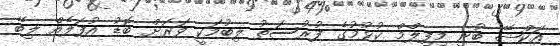
އަކްޝޭ ބުނީ މިފިލްމް ކުޅުމުގެ ފުރުސަތު ލިބުމަކީ ވަރަށް ބޮޑު އުފަލެއް ލިބޭ